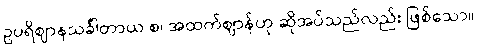
ဥပရိဈာနသင်္ခါတာယ စ၊ အထက်ဈာန်ဟု ဆိုအပ်သည်လည်း ဖြစ်သော။